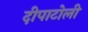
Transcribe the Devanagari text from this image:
दीपाटोली